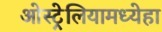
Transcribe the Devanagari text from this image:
ओस्ट्रेलियामध्येहा